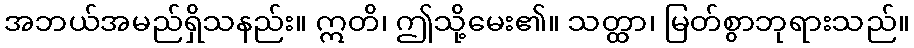
အဘယ်အမည်ရှိသနည်း။ ဣတိ၊ ဤသို့မေး၏။ သတ္ထာ၊ မြတ်စွာဘုရားသည်။